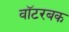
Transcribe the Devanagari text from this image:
वॉटरबक